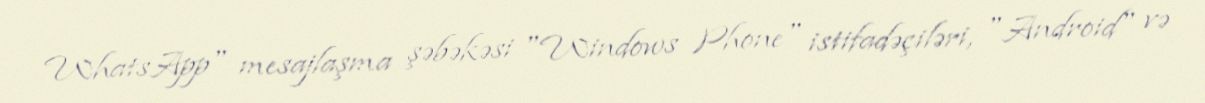
WhatsApp" mesajlaşma şəbəkəsi "Windows Phone" istifadəçiləri, "Android" və